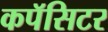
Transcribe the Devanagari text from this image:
कपॅसिटर